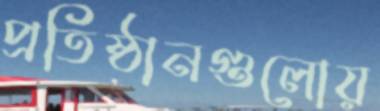
প্রতিষ্ঠানগুলোয়